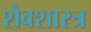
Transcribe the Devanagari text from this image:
शैवशास्त्र